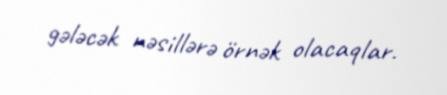
gələcək nəsillərə örnək olacaqlar.